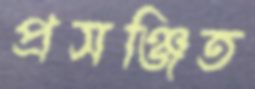
প্রসঞ্জিত